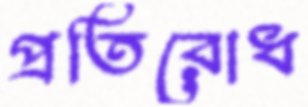
প্রতিরোধ